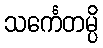
သင်္ကေတမ္ပိ